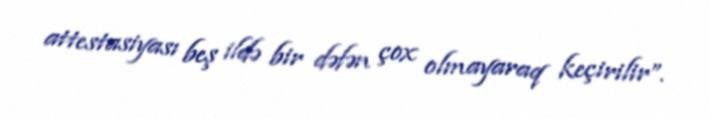
attestasiyası beş ildə bir dəfən çox olmayaraq keçirilir”.